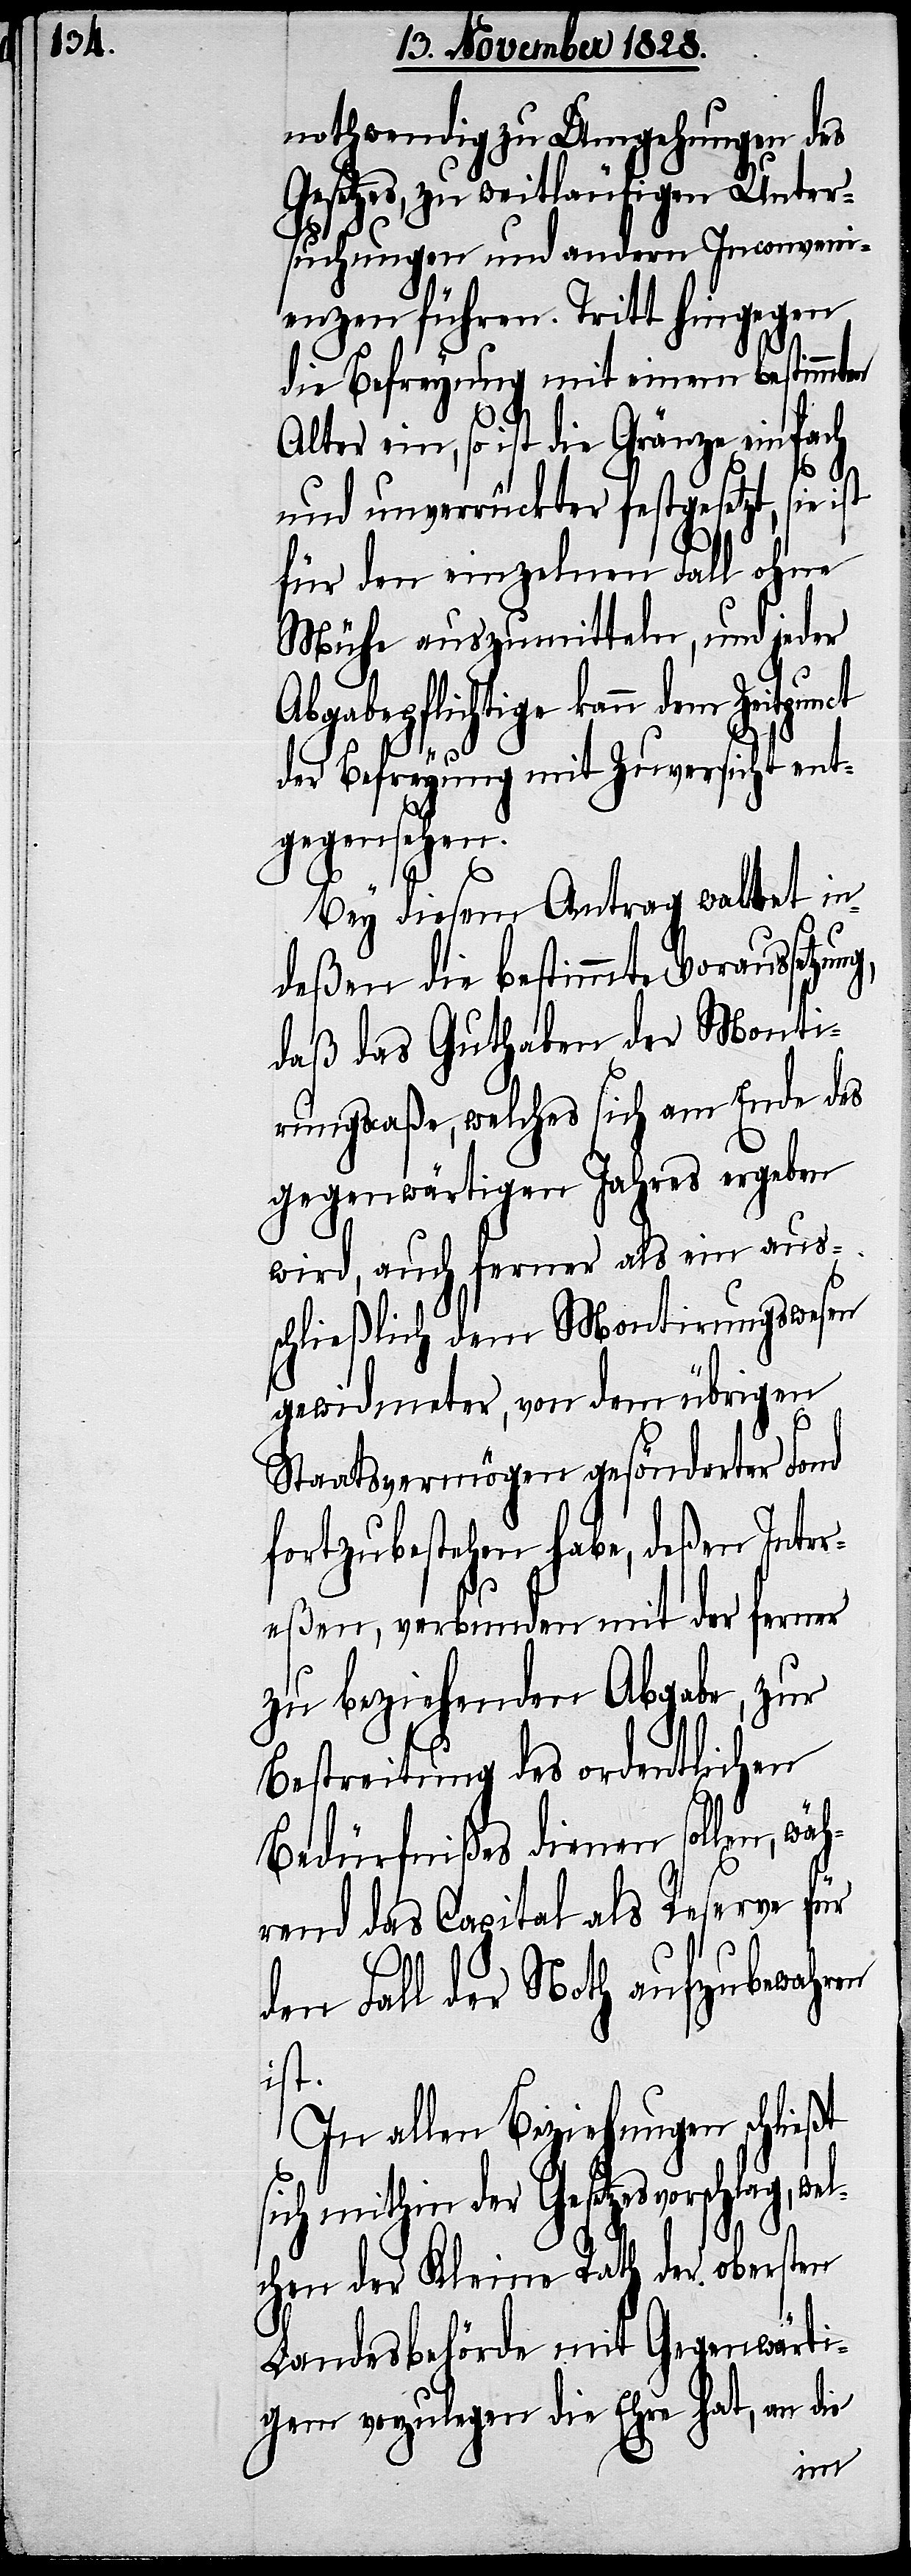
nothwendig zu Umgehungen des
setztes, zu weitläufigen Unter¬
suchungen und andern Inconveni¬
enzen führen. Tritt hingegen
die Befreyung mit einem bestimmten
Alter ein, so ist die Gränze einfach
und unverrückter festgesetzt, sie
für den einzelnen Fall ohne
Mühe auszumitteln, und jeder
Abgabepflichtige kann dem Zeitpunct
der Befreyung mit Zuversicht ent¬
gegensehen.
Bey diesem Antrag waltet in¬
deßen die bestimmte Voraussetzu¬
daß das Guthaben der Monti¬
rungscaße, welches sich am Ende des
gegenwärtigen Jahres ergeben
wird, auch ferner als ein aus¬
schließlich dem Montirungswesen
gewidmeter, von dem übrigen
Staatsvermögen gesönderter Fond
fortzubestehen habe, deßen Inter¬
eßen, verbunden mit der ferner
zu beziehenden Abgabe, zur
Bestreitung des ordentlichen
Bedürfnißes dienen sollen, wäh¬
rend das Capital als Reserve für
den Fall der Noth aufzubewahren
ist.
In allen Beziehungen schließt
sich mithin der Gesetzesvorschlag, w¬
chen der Kleine Rath der obersten
Landesbehörde mit Gegenwärti¬
gem vorzulegen die Ehre hat, an die
el¬